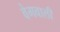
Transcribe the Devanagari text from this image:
वेगवाली